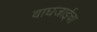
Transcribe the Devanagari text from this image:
वाघजाईचा